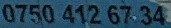
0750 412 6734